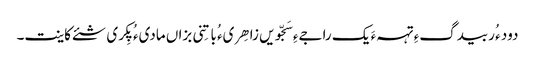
دود ء ُربیدگءِ تہہءَ یک راجےءِ سَجّویں زاھِریء ُباتِنی بزاں مادیء ُ پِکری شئے کاینت۔